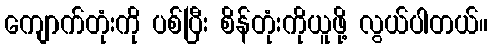
ကျောက်တုံးကို ပစ်ပြီး စိန်တုံးကိုယူဖို့ လွယ်ပါတယ်။